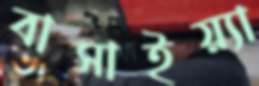
বাসাইয়্যা